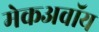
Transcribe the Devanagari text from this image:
मेकअवॉय